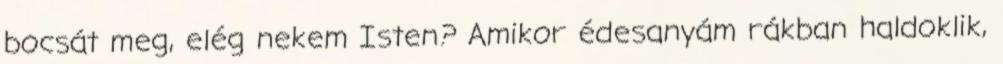
bocsát meg, elég nekem Isten? Amikor édesanyám rákban haldoklik,